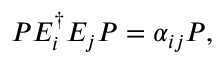
P E _ { i } ^ { \dagger } E _ { j } P = \alpha _ { i j } P ,